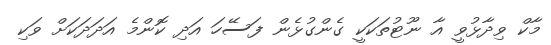
މާކް ވިދާޅުވީ އާ ނޫޓުތަކަކީ ގެންގުޅެން ފަސޭހަ އަދި ކޮންމެ އަދަދަކަށް ވަކި